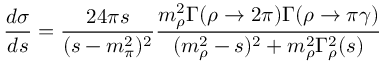
\frac { d \sigma } { d s } = \frac { 2 4 \pi s } { ( s - m _ { \pi } ^ { 2 } ) ^ { 2 } } \frac { m _ { \rho } ^ { 2 } \Gamma ( \rho \to 2 \pi ) \Gamma ( \rho \to \pi \gamma ) } { ( m _ { \rho } ^ { 2 } - s ) ^ { 2 } + m _ { \rho } ^ { 2 } \Gamma _ { \rho } ^ { 2 } ( s ) }